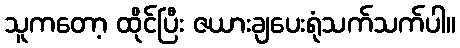
သူကတော့ ထိုင်ပြီး ဇယားချပေးရုံသက်သက်ပါ။